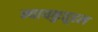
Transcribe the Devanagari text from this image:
न्यायकुतूहल